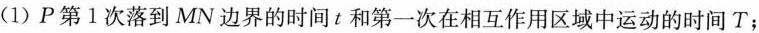
(1)P第1次落到MN边界的时间t和第一次在相互作用区域中运动的时间T；